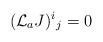
\begin{align*}({\cal L}_a J)^i{}_j = 0 \end{align*}